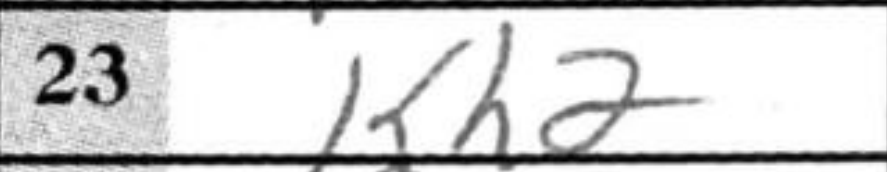
Transcription: Kh2